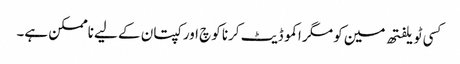
کسی ٹویلفتھ مین کو مگر اکموڈیٹ کرنا کوچ اور کپتان کے لیے ناممکن ہے۔